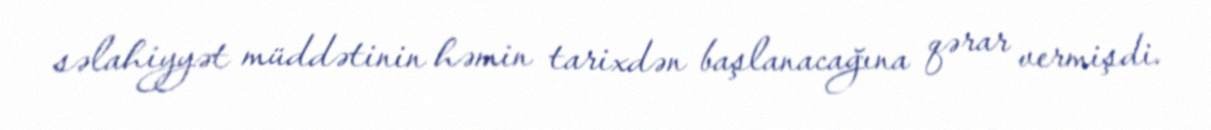
səlahiyyət müddətinin həmin tarixdən başlanacağına qərar vermişdi.